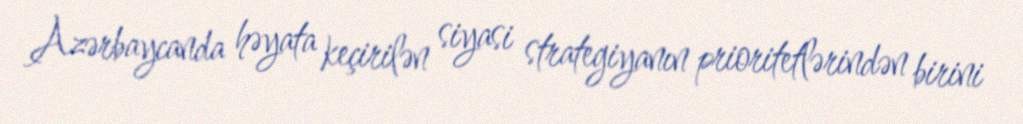
Azərbaycanda həyata keçirilən siyasi strategiyanın prioritetlərindən birini